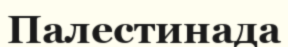
Палестинада